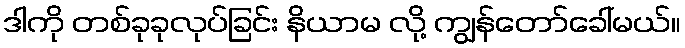
ဒါကို တစ်ခုခုလုပ်ခြင်း နိယာမ လို့ ကျွန်တော်ခေါ်မယ်။